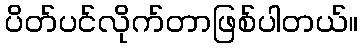
ပိတ်ပင်လိုက်တာဖြစ်ပါတယ်။